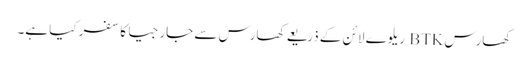
کھارس BTK ریلوے لائن کے ذریعے کھارس سے جارجیا کا سفر کیا ہے۔